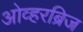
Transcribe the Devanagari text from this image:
ओव्हरब्रिज